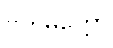
ဗဟုမိတ္တော